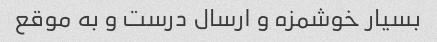
بسیار خوشمزه و ارسال درست و به موقع